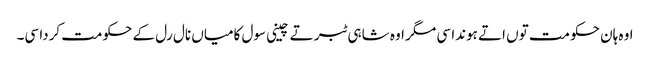
اوہ ہان حکومت توں اتے ہوندا سی مگر اوہ شاہی ٹبر تے چینی سول کامیاں نال رل کے حکومت کردا سی۔